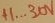
Text: +1...30V